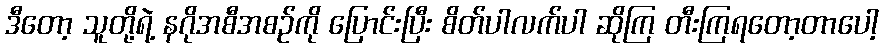
ဒီတော့ သူတို့ရဲ့ နဂိုအစီအစဉ်ကို ပြောင်းပြီး စိတ်ပါလက်ပါ ဆိုကြ တီးကြရတော့တာပေါ့